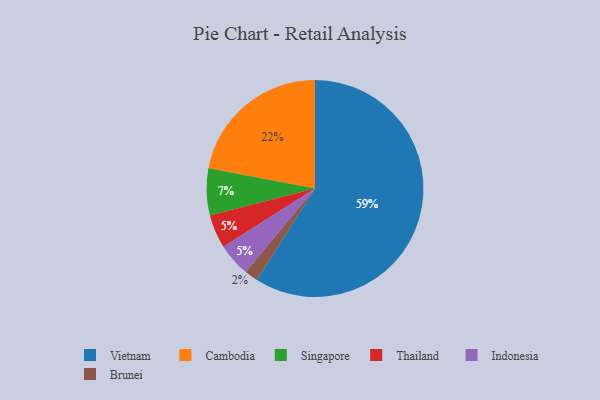
{"axis": {"x": "Category", "y": "Percentage"}, "legend": ["Brunei", "Cambodia", "Indonesia", "Singapore", "Thailand", "Vietnam"], "data": [{"x": "Brunei", "y": 2, "type": "Brunei"}, {"x": "Thailand", "y": 5, "type": "Thailand"}, {"x": "Singapore", "y": 7, "type": "Singapore"}, {"x": "Indonesia", "y": 5, "type": "Indonesia"}, {"x": "Vietnam", "y": 59, "type": "Vietnam"}, {"x": "Cambodia", "y": 22, "type": "Cambodia"}]}